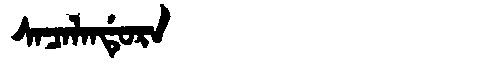
Manchu: ᠰᠠᠴᠠᠯᠠᠨᡩᡠᡵᠠ
Romanization: SACALANDURA